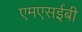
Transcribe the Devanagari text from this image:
एमएसईबी